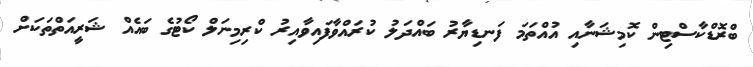
ބްރޮޑްކާސްޓިން ކޮމިޝަނާއި އުއްތަމަ ފަނޑިޔާރު ބައްދަލު ކުރައްވާފައިވާއިރު ކްރިމިނަލް ކޯޓުގެ ބައެއް ޝަރީއަތްތަކަށް